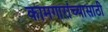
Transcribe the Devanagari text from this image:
कामगारांच्यासाठी